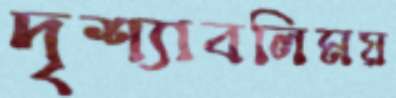
দৃশ্যাবলিময়